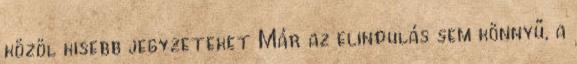
közöl kisebb jegyzeteket Már az elindulás sem könnyű, a